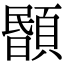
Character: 𩔉